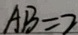
A B = 2